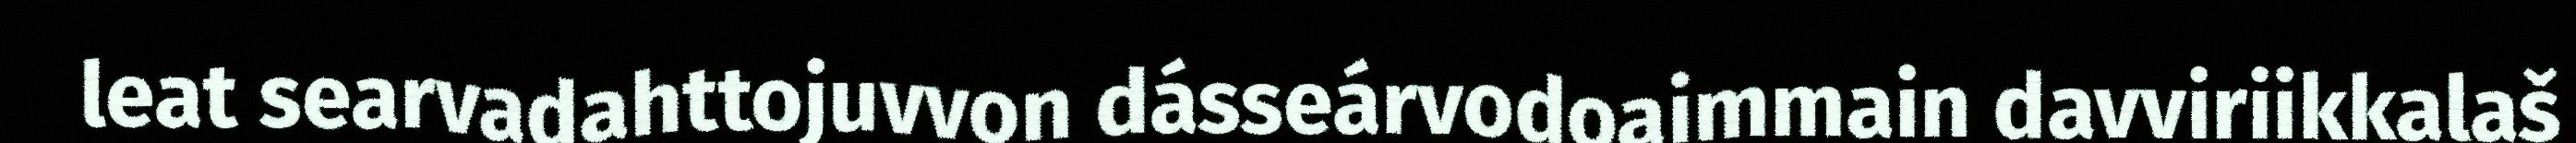
leat searvadahttojuvvon dásseárvodoaimmain davviriikkalaš